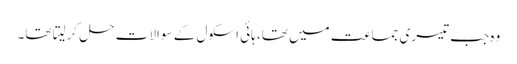
وہ جب تیسری جماعت میں تھا، ہائی اسکول کے سوالات حل کرلیتا تھا۔